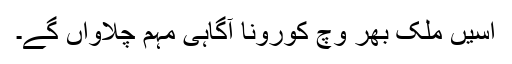
اسیں ملک بھر وچ کورونا آگاہی مہم چلاواں گے۔